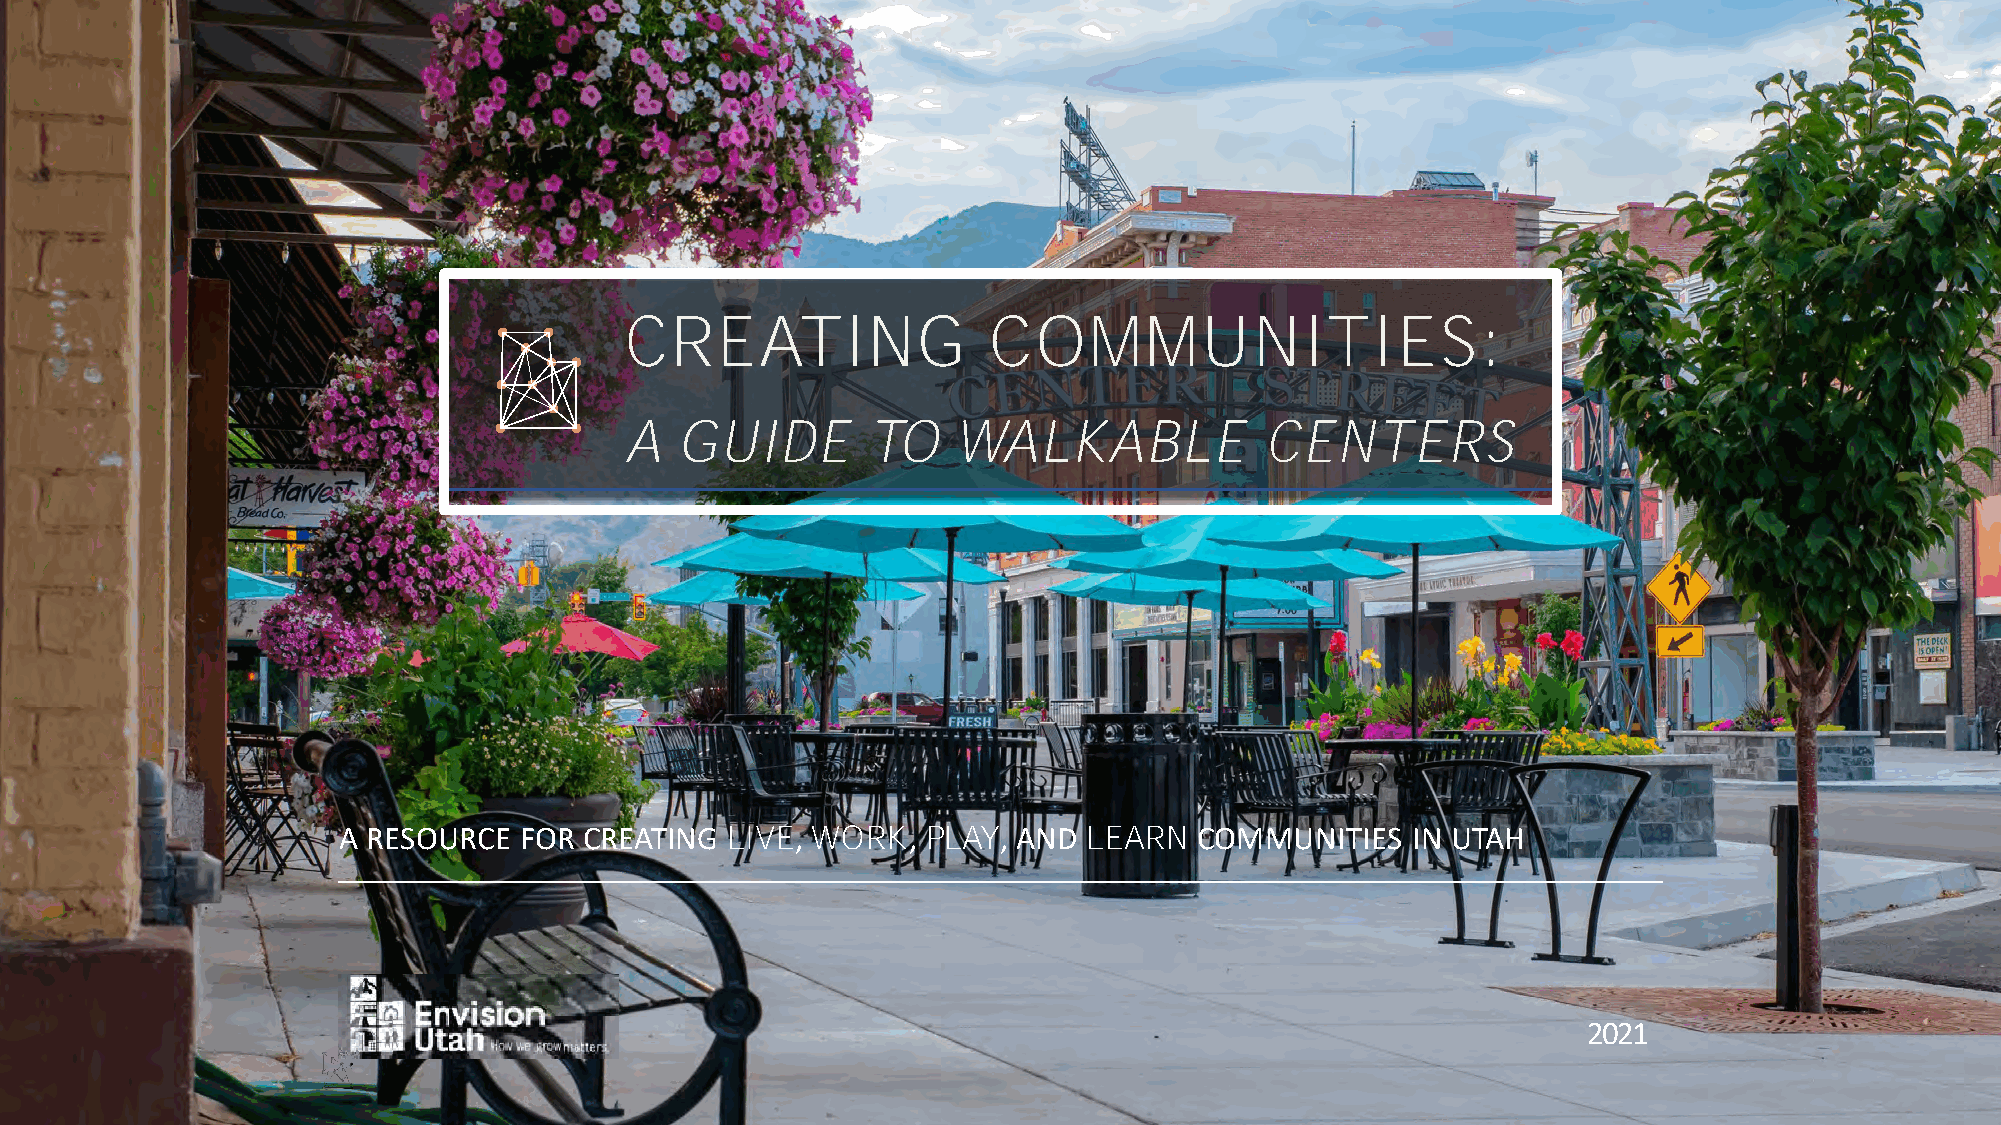
CREATING                COMMUNITIES:
 A   GUIDE       TO    WALKABLE             CENTERS
 A RESOURCE  FOR  CREATING LIVE, WORK,  PLAY, AND  LEARN  COMMUNITIES   IN UTAH
 2021